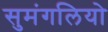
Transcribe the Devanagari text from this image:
सुमंगलियो